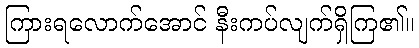
ကြားရလောက်အောင် နီးကပ်လျက်ရှိကြ၏။